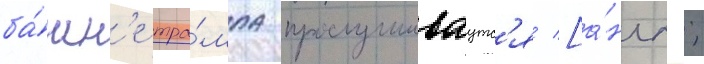
ба́шн'е тра́мпа прослушиваутс'я [а́нгл.;